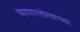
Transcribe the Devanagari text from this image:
व्यापारतोलाच्या